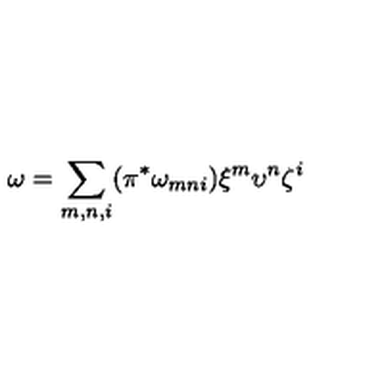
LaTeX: \omega = \sum _ { m , n , i } ( \pi ^ { * } \omega _ { m n i } ) \xi ^ { m } \upsilon ^ { n } \zeta ^ { i }